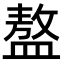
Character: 𥂢